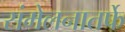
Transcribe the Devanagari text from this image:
संमेलनातर्फे